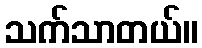
သက်သာတယ်။